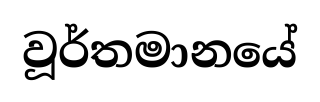
වූර්තමානයේ